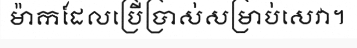
ម៉ាកដែលប្រើប្រាស់សម្រាប់សេវា។